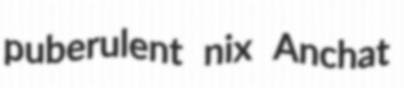
puberulent nix Anchat